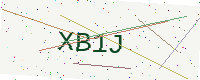
Text: XB1J